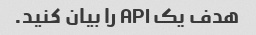
هدف یک API را بیان کنید.